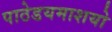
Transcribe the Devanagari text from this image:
पाठेडयमाशयो